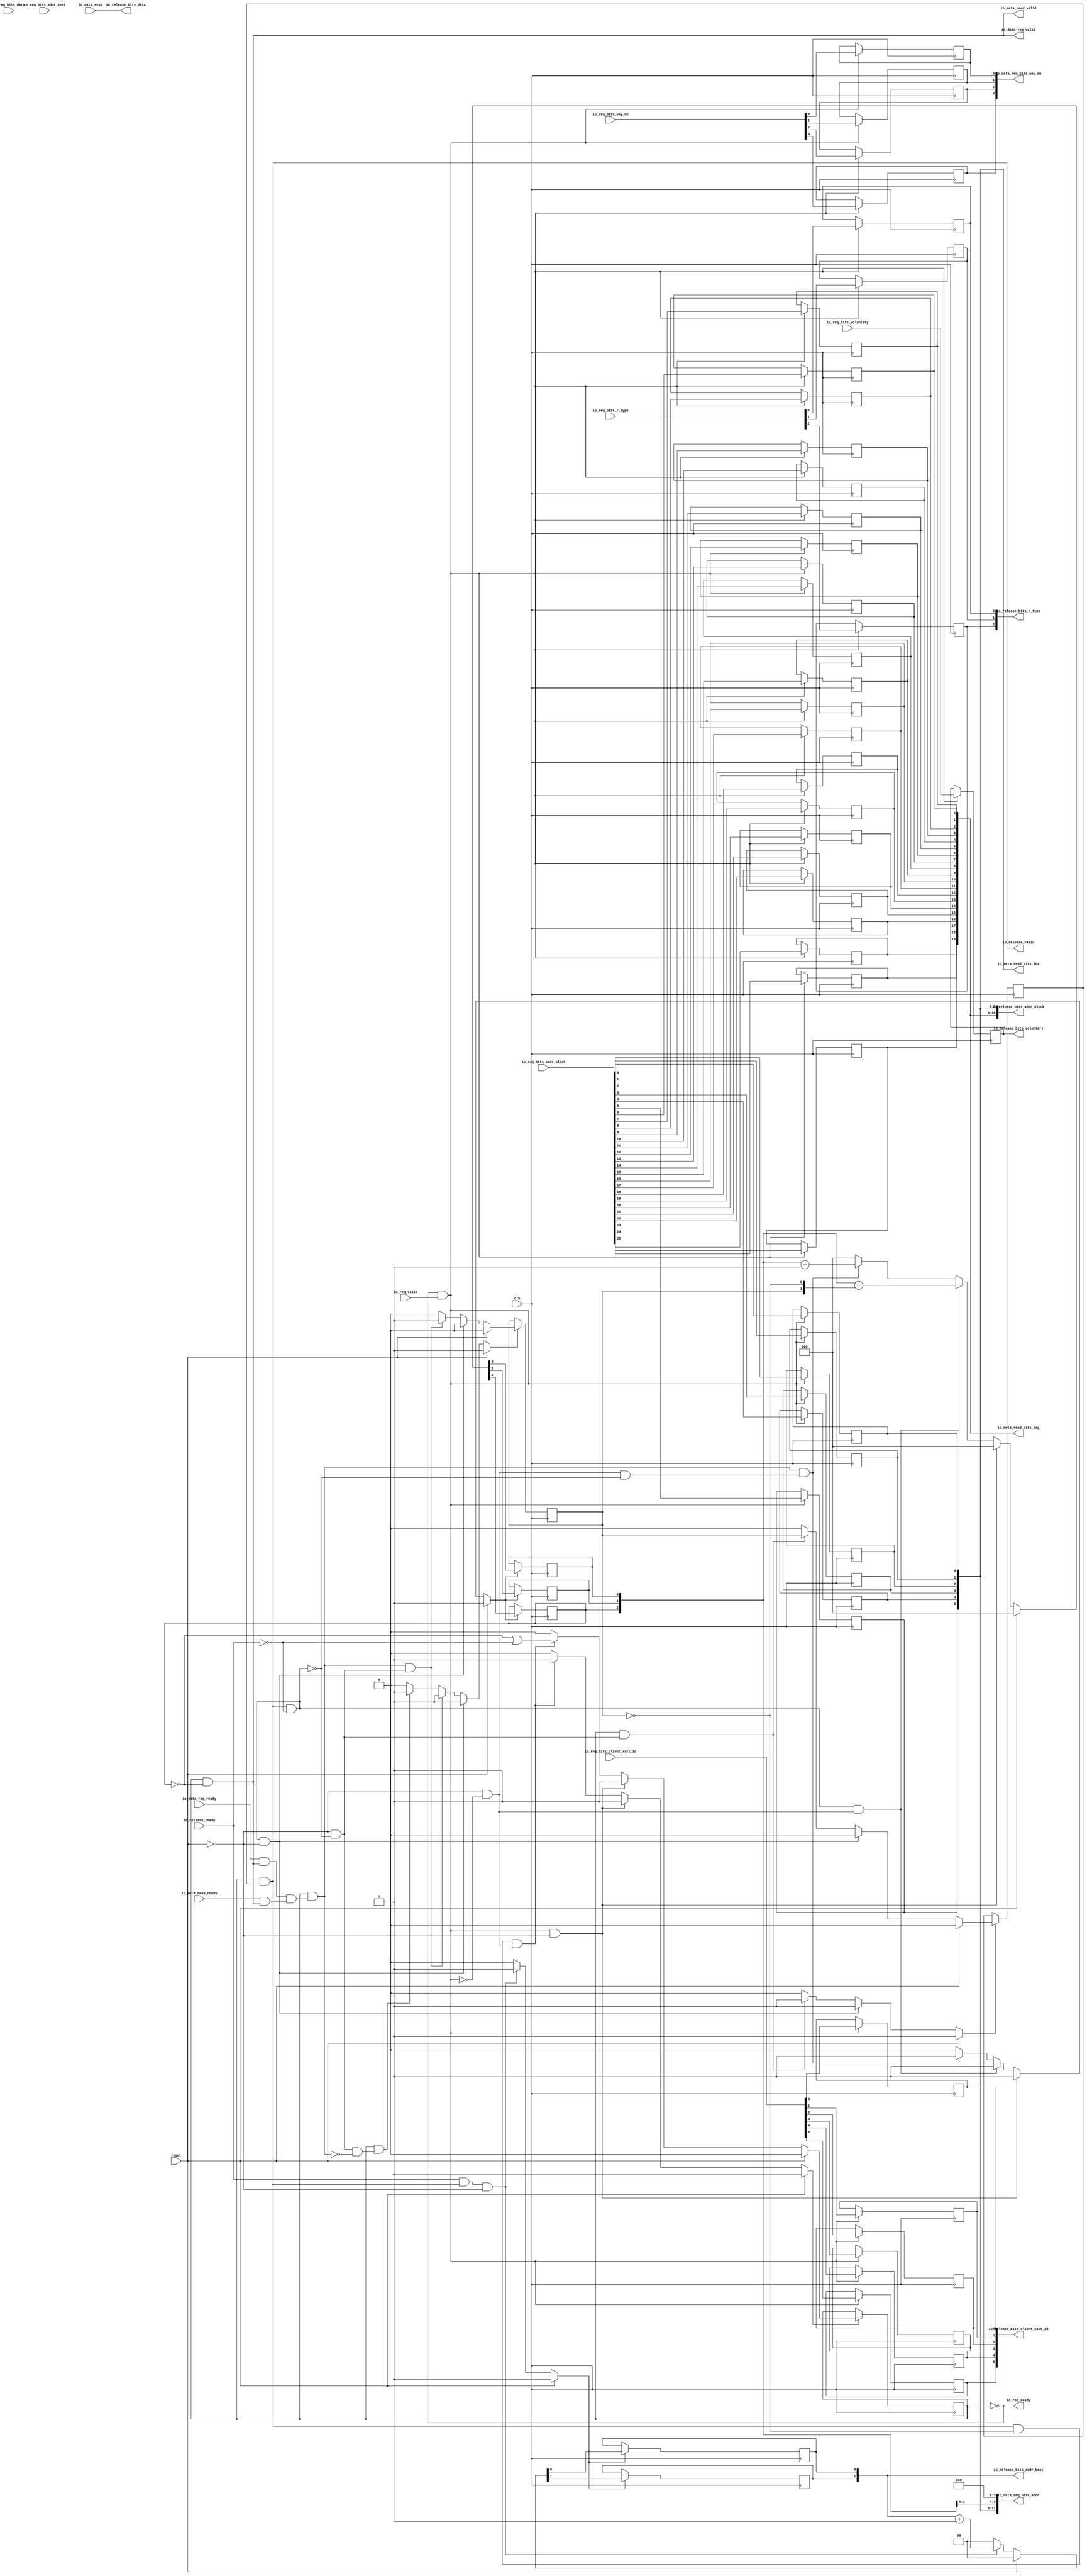
module WritebackUnit
(
  clk,
  reset,
  io_req_ready,
  io_req_valid,
  io_req_bits_addr_beat,
  io_req_bits_addr_block,
  io_req_bits_client_xact_id,
  io_req_bits_voluntary,
  io_req_bits_r_type,
  io_req_bits_data,
  io_req_bits_way_en,
  io_meta_read_ready,
  io_meta_read_valid,
  io_meta_read_bits_idx,
  io_meta_read_bits_tag,
  io_data_req_ready,
  io_data_req_valid,
  io_data_req_bits_way_en,
  io_data_req_bits_addr,
  io_data_resp,
  io_release_ready,
  io_release_valid,
  io_release_bits_addr_beat,
  io_release_bits_addr_block,
  io_release_bits_client_xact_id,
  io_release_bits_voluntary,
  io_release_bits_r_type,
  io_release_bits_data
);

  input [1:0] io_req_bits_addr_beat;
  input [25:0] io_req_bits_addr_block;
  input [5:0] io_req_bits_client_xact_id;
  input [2:0] io_req_bits_r_type;
  input [127:0] io_req_bits_data;
  input [3:0] io_req_bits_way_en;
  output [5:0] io_meta_read_bits_idx;
  output [19:0] io_meta_read_bits_tag;
  output [3:0] io_data_req_bits_way_en;
  output [11:0] io_data_req_bits_addr;
  input [127:0] io_data_resp;
  output [1:0] io_release_bits_addr_beat;
  output [25:0] io_release_bits_addr_block;
  output [5:0] io_release_bits_client_xact_id;
  output [2:0] io_release_bits_r_type;
  output [127:0] io_release_bits_data;
  input clk;
  input reset;
  input io_req_valid;
  input io_req_bits_voluntary;
  input io_meta_read_ready;
  input io_data_req_ready;
  input io_release_ready;
  output io_req_ready;
  output io_meta_read_valid;
  output io_data_req_valid;
  output io_release_valid;
  output io_release_bits_voluntary;
  wire [5:0] io_meta_read_bits_idx;
  wire [19:0] io_meta_read_bits_tag;
  wire [127:0] io_release_bits_data;
  wire io_req_ready,io_meta_read_valid,io_data_req_valid,io_release_valid,N0,
  io_data_req_valid,T1,T7,T18,T14,T15,T17,T16,T19,T31,T22,T24,T23,N1,T32,T37,N2,N3,N4,N5,N6,
  N7,N8,N9,N10,N11,N12,N13,N14,N15,N16,N17,N18,N19,N20,N21,N22,N23,N24,N25,N26,
  N27,N28,N29,N30,N31,N32,N33,N34,N35,N36,N37,N38,N39,N40,N41,N42,N43,N44,N45,N46,
  N47,N48,N49,N50,N51;
  wire [1:0] T6,T45;
  wire [2:0] T29,T28;
  reg [2:0] io_release_bits_r_type;
  reg io_release_bits_voluntary,r2_data_req_fired,r1_data_req_fired,active;
  reg [5:0] io_release_bits_client_xact_id;
  reg [25:0] io_release_bits_addr_block;
  reg [1:0] io_release_bits_addr_beat;
  reg [2:2] data_req_cnt;
  reg [11:0] io_data_req_bits_addr;
  reg [3:0] io_data_req_bits_way_en;
  assign io_data_req_bits_addr[0] = 1'b0;
  assign io_data_req_bits_addr[1] = 1'b0;
  assign io_data_req_bits_addr[2] = 1'b0;
  assign io_data_req_bits_addr[3] = 1'b0;
  assign io_meta_read_valid = io_data_req_valid;
  assign io_meta_read_bits_tag[19] = io_release_bits_addr_block[25];
  assign io_meta_read_bits_tag[18] = io_release_bits_addr_block[24];
  assign io_meta_read_bits_tag[17] = io_release_bits_addr_block[23];
  assign io_meta_read_bits_tag[16] = io_release_bits_addr_block[22];
  assign io_meta_read_bits_tag[15] = io_release_bits_addr_block[21];
  assign io_meta_read_bits_tag[14] = io_release_bits_addr_block[20];
  assign io_meta_read_bits_tag[13] = io_release_bits_addr_block[19];
  assign io_meta_read_bits_tag[12] = io_release_bits_addr_block[18];
  assign io_meta_read_bits_tag[11] = io_release_bits_addr_block[17];
  assign io_meta_read_bits_tag[10] = io_release_bits_addr_block[16];
  assign io_meta_read_bits_tag[9] = io_release_bits_addr_block[15];
  assign io_meta_read_bits_tag[8] = io_release_bits_addr_block[14];
  assign io_meta_read_bits_tag[7] = io_release_bits_addr_block[13];
  assign io_meta_read_bits_tag[6] = io_release_bits_addr_block[12];
  assign io_meta_read_bits_tag[5] = io_release_bits_addr_block[11];
  assign io_meta_read_bits_tag[4] = io_release_bits_addr_block[10];
  assign io_meta_read_bits_tag[3] = io_release_bits_addr_block[9];
  assign io_meta_read_bits_tag[2] = io_release_bits_addr_block[8];
  assign io_meta_read_bits_tag[1] = io_release_bits_addr_block[7];
  assign io_meta_read_bits_tag[0] = io_release_bits_addr_block[6];
  assign io_meta_read_bits_idx[5] = io_release_bits_addr_block[5];
  assign io_data_req_bits_addr[11] = io_release_bits_addr_block[5];
  assign io_meta_read_bits_idx[4] = io_release_bits_addr_block[4];
  assign io_data_req_bits_addr[10] = io_release_bits_addr_block[4];
  assign io_meta_read_bits_idx[3] = io_release_bits_addr_block[3];
  assign io_data_req_bits_addr[9] = io_release_bits_addr_block[3];
  assign io_meta_read_bits_idx[2] = io_release_bits_addr_block[2];
  assign io_data_req_bits_addr[8] = io_release_bits_addr_block[2];
  assign io_meta_read_bits_idx[1] = io_release_bits_addr_block[1];
  assign io_data_req_bits_addr[7] = io_release_bits_addr_block[1];
  assign io_meta_read_bits_idx[0] = io_release_bits_addr_block[0];
  assign io_data_req_bits_addr[6] = io_release_bits_addr_block[0];
  assign io_release_bits_data[127] = io_data_resp[127];
  assign io_release_bits_data[126] = io_data_resp[126];
  assign io_release_bits_data[125] = io_data_resp[125];
  assign io_release_bits_data[124] = io_data_resp[124];
  assign io_release_bits_data[123] = io_data_resp[123];
  assign io_release_bits_data[122] = io_data_resp[122];
  assign io_release_bits_data[121] = io_data_resp[121];
  assign io_release_bits_data[120] = io_data_resp[120];
  assign io_release_bits_data[119] = io_data_resp[119];
  assign io_release_bits_data[118] = io_data_resp[118];
  assign io_release_bits_data[117] = io_data_resp[117];
  assign io_release_bits_data[116] = io_data_resp[116];
  assign io_release_bits_data[115] = io_data_resp[115];
  assign io_release_bits_data[114] = io_data_resp[114];
  assign io_release_bits_data[113] = io_data_resp[113];
  assign io_release_bits_data[112] = io_data_resp[112];
  assign io_release_bits_data[111] = io_data_resp[111];
  assign io_release_bits_data[110] = io_data_resp[110];
  assign io_release_bits_data[109] = io_data_resp[109];
  assign io_release_bits_data[108] = io_data_resp[108];
  assign io_release_bits_data[107] = io_data_resp[107];
  assign io_release_bits_data[106] = io_data_resp[106];
  assign io_release_bits_data[105] = io_data_resp[105];
  assign io_release_bits_data[104] = io_data_resp[104];
  assign io_release_bits_data[103] = io_data_resp[103];
  assign io_release_bits_data[102] = io_data_resp[102];
  assign io_release_bits_data[101] = io_data_resp[101];
  assign io_release_bits_data[100] = io_data_resp[100];
  assign io_release_bits_data[99] = io_data_resp[99];
  assign io_release_bits_data[98] = io_data_resp[98];
  assign io_release_bits_data[97] = io_data_resp[97];
  assign io_release_bits_data[96] = io_data_resp[96];
  assign io_release_bits_data[95] = io_data_resp[95];
  assign io_release_bits_data[94] = io_data_resp[94];
  assign io_release_bits_data[93] = io_data_resp[93];
  assign io_release_bits_data[92] = io_data_resp[92];
  assign io_release_bits_data[91] = io_data_resp[91];
  assign io_release_bits_data[90] = io_data_resp[90];
  assign io_release_bits_data[89] = io_data_resp[89];
  assign io_release_bits_data[88] = io_data_resp[88];
  assign io_release_bits_data[87] = io_data_resp[87];
  assign io_release_bits_data[86] = io_data_resp[86];
  assign io_release_bits_data[85] = io_data_resp[85];
  assign io_release_bits_data[84] = io_data_resp[84];
  assign io_release_bits_data[83] = io_data_resp[83];
  assign io_release_bits_data[82] = io_data_resp[82];
  assign io_release_bits_data[81] = io_data_resp[81];
  assign io_release_bits_data[80] = io_data_resp[80];
  assign io_release_bits_data[79] = io_data_resp[79];
  assign io_release_bits_data[78] = io_data_resp[78];
  assign io_release_bits_data[77] = io_data_resp[77];
  assign io_release_bits_data[76] = io_data_resp[76];
  assign io_release_bits_data[75] = io_data_resp[75];
  assign io_release_bits_data[74] = io_data_resp[74];
  assign io_release_bits_data[73] = io_data_resp[73];
  assign io_release_bits_data[72] = io_data_resp[72];
  assign io_release_bits_data[71] = io_data_resp[71];
  assign io_release_bits_data[70] = io_data_resp[70];
  assign io_release_bits_data[69] = io_data_resp[69];
  assign io_release_bits_data[68] = io_data_resp[68];
  assign io_release_bits_data[67] = io_data_resp[67];
  assign io_release_bits_data[66] = io_data_resp[66];
  assign io_release_bits_data[65] = io_data_resp[65];
  assign io_release_bits_data[64] = io_data_resp[64];
  assign io_release_bits_data[63] = io_data_resp[63];
  assign io_release_bits_data[62] = io_data_resp[62];
  assign io_release_bits_data[61] = io_data_resp[61];
  assign io_release_bits_data[60] = io_data_resp[60];
  assign io_release_bits_data[59] = io_data_resp[59];
  assign io_release_bits_data[58] = io_data_resp[58];
  assign io_release_bits_data[57] = io_data_resp[57];
  assign io_release_bits_data[56] = io_data_resp[56];
  assign io_release_bits_data[55] = io_data_resp[55];
  assign io_release_bits_data[54] = io_data_resp[54];
  assign io_release_bits_data[53] = io_data_resp[53];
  assign io_release_bits_data[52] = io_data_resp[52];
  assign io_release_bits_data[51] = io_data_resp[51];
  assign io_release_bits_data[50] = io_data_resp[50];
  assign io_release_bits_data[49] = io_data_resp[49];
  assign io_release_bits_data[48] = io_data_resp[48];
  assign io_release_bits_data[47] = io_data_resp[47];
  assign io_release_bits_data[46] = io_data_resp[46];
  assign io_release_bits_data[45] = io_data_resp[45];
  assign io_release_bits_data[44] = io_data_resp[44];
  assign io_release_bits_data[43] = io_data_resp[43];
  assign io_release_bits_data[42] = io_data_resp[42];
  assign io_release_bits_data[41] = io_data_resp[41];
  assign io_release_bits_data[40] = io_data_resp[40];
  assign io_release_bits_data[39] = io_data_resp[39];
  assign io_release_bits_data[38] = io_data_resp[38];
  assign io_release_bits_data[37] = io_data_resp[37];
  assign io_release_bits_data[36] = io_data_resp[36];
  assign io_release_bits_data[35] = io_data_resp[35];
  assign io_release_bits_data[34] = io_data_resp[34];
  assign io_release_bits_data[33] = io_data_resp[33];
  assign io_release_bits_data[32] = io_data_resp[32];
  assign io_release_bits_data[31] = io_data_resp[31];
  assign io_release_bits_data[30] = io_data_resp[30];
  assign io_release_bits_data[29] = io_data_resp[29];
  assign io_release_bits_data[28] = io_data_resp[28];
  assign io_release_bits_data[27] = io_data_resp[27];
  assign io_release_bits_data[26] = io_data_resp[26];
  assign io_release_bits_data[25] = io_data_resp[25];
  assign io_release_bits_data[24] = io_data_resp[24];
  assign io_release_bits_data[23] = io_data_resp[23];
  assign io_release_bits_data[22] = io_data_resp[22];
  assign io_release_bits_data[21] = io_data_resp[21];
  assign io_release_bits_data[20] = io_data_resp[20];
  assign io_release_bits_data[19] = io_data_resp[19];
  assign io_release_bits_data[18] = io_data_resp[18];
  assign io_release_bits_data[17] = io_data_resp[17];
  assign io_release_bits_data[16] = io_data_resp[16];
  assign io_release_bits_data[15] = io_data_resp[15];
  assign io_release_bits_data[14] = io_data_resp[14];
  assign io_release_bits_data[13] = io_data_resp[13];
  assign io_release_bits_data[12] = io_data_resp[12];
  assign io_release_bits_data[11] = io_data_resp[11];
  assign io_release_bits_data[10] = io_data_resp[10];
  assign io_release_bits_data[9] = io_data_resp[9];
  assign io_release_bits_data[8] = io_data_resp[8];
  assign io_release_bits_data[7] = io_data_resp[7];
  assign io_release_bits_data[6] = io_data_resp[6];
  assign io_release_bits_data[5] = io_data_resp[5];
  assign io_release_bits_data[4] = io_data_resp[4];
  assign io_release_bits_data[3] = io_data_resp[3];
  assign io_release_bits_data[2] = io_data_resp[2];
  assign io_release_bits_data[1] = io_data_resp[1];
  assign io_release_bits_data[0] = io_data_resp[0];

  always @(posedge clk) begin
    if(T1) begin
      io_release_bits_r_type[2] <= io_req_bits_r_type[2];
    end 
  end


  always @(posedge clk) begin
    if(T1) begin
      io_release_bits_r_type[1] <= io_req_bits_r_type[1];
    end 
  end


  always @(posedge clk) begin
    if(T1) begin
      io_release_bits_r_type[0] <= io_req_bits_r_type[0];
    end 
  end


  always @(posedge clk) begin
    if(T1) begin
      io_release_bits_voluntary <= io_req_bits_voluntary;
    end 
  end


  always @(posedge clk) begin
    if(T1) begin
      io_release_bits_client_xact_id[5] <= io_req_bits_client_xact_id[5];
    end 
  end


  always @(posedge clk) begin
    if(T1) begin
      io_release_bits_client_xact_id[4] <= io_req_bits_client_xact_id[4];
    end 
  end


  always @(posedge clk) begin
    if(T1) begin
      io_release_bits_client_xact_id[3] <= io_req_bits_client_xact_id[3];
    end 
  end


  always @(posedge clk) begin
    if(T1) begin
      io_release_bits_client_xact_id[2] <= io_req_bits_client_xact_id[2];
    end 
  end


  always @(posedge clk) begin
    if(T1) begin
      io_release_bits_client_xact_id[1] <= io_req_bits_client_xact_id[1];
    end 
  end


  always @(posedge clk) begin
    if(T1) begin
      io_release_bits_client_xact_id[0] <= io_req_bits_client_xact_id[0];
    end 
  end


  always @(posedge clk) begin
    if(T1) begin
      io_release_bits_addr_block[25] <= io_req_bits_addr_block[25];
    end 
  end


  always @(posedge clk) begin
    if(T1) begin
      io_release_bits_addr_block[24] <= io_req_bits_addr_block[24];
    end 
  end


  always @(posedge clk) begin
    if(T1) begin
      io_release_bits_addr_block[23] <= io_req_bits_addr_block[23];
    end 
  end


  always @(posedge clk) begin
    if(T1) begin
      io_release_bits_addr_block[22] <= io_req_bits_addr_block[22];
    end 
  end


  always @(posedge clk) begin
    if(T1) begin
      io_release_bits_addr_block[21] <= io_req_bits_addr_block[21];
    end 
  end


  always @(posedge clk) begin
    if(T1) begin
      io_release_bits_addr_block[20] <= io_req_bits_addr_block[20];
    end 
  end


  always @(posedge clk) begin
    if(T1) begin
      io_release_bits_addr_block[19] <= io_req_bits_addr_block[19];
    end 
  end


  always @(posedge clk) begin
    if(T1) begin
      io_release_bits_addr_block[18] <= io_req_bits_addr_block[18];
    end 
  end


  always @(posedge clk) begin
    if(T1) begin
      io_release_bits_addr_block[17] <= io_req_bits_addr_block[17];
    end 
  end


  always @(posedge clk) begin
    if(T1) begin
      io_release_bits_addr_block[16] <= io_req_bits_addr_block[16];
    end 
  end


  always @(posedge clk) begin
    if(T1) begin
      io_release_bits_addr_block[15] <= io_req_bits_addr_block[15];
    end 
  end


  always @(posedge clk) begin
    if(T1) begin
      io_release_bits_addr_block[14] <= io_req_bits_addr_block[14];
    end 
  end


  always @(posedge clk) begin
    if(T1) begin
      io_release_bits_addr_block[13] <= io_req_bits_addr_block[13];
    end 
  end


  always @(posedge clk) begin
    if(T1) begin
      io_release_bits_addr_block[12] <= io_req_bits_addr_block[12];
    end 
  end


  always @(posedge clk) begin
    if(T1) begin
      io_release_bits_addr_block[11] <= io_req_bits_addr_block[11];
    end 
  end


  always @(posedge clk) begin
    if(T1) begin
      io_release_bits_addr_block[10] <= io_req_bits_addr_block[10];
    end 
  end


  always @(posedge clk) begin
    if(T1) begin
      io_release_bits_addr_block[9] <= io_req_bits_addr_block[9];
    end 
  end


  always @(posedge clk) begin
    if(T1) begin
      io_release_bits_addr_block[8] <= io_req_bits_addr_block[8];
    end 
  end


  always @(posedge clk) begin
    if(T1) begin
      io_release_bits_addr_block[7] <= io_req_bits_addr_block[7];
    end 
  end


  always @(posedge clk) begin
    if(T1) begin
      io_release_bits_addr_block[6] <= io_req_bits_addr_block[6];
    end 
  end


  always @(posedge clk) begin
    if(T1) begin
      io_release_bits_addr_block[5] <= io_req_bits_addr_block[5];
    end 
  end


  always @(posedge clk) begin
    if(T1) begin
      io_release_bits_addr_block[4] <= io_req_bits_addr_block[4];
    end 
  end


  always @(posedge clk) begin
    if(T1) begin
      io_release_bits_addr_block[3] <= io_req_bits_addr_block[3];
    end 
  end


  always @(posedge clk) begin
    if(T1) begin
      io_release_bits_addr_block[2] <= io_req_bits_addr_block[2];
    end 
  end


  always @(posedge clk) begin
    if(T1) begin
      io_release_bits_addr_block[1] <= io_req_bits_addr_block[1];
    end 
  end


  always @(posedge clk) begin
    if(T1) begin
      io_release_bits_addr_block[0] <= io_req_bits_addr_block[0];
    end 
  end


  always @(posedge clk) begin
    if(N4) begin
      io_release_bits_addr_beat[1] <= N6;
    end 
  end


  always @(posedge clk) begin
    if(N4) begin
      io_release_bits_addr_beat[0] <= N5;
    end 
  end


  always @(posedge clk) begin
    if(N10) begin
      r2_data_req_fired <= N11;
    end 
  end


  always @(posedge clk) begin
    if(N16) begin
      r1_data_req_fired <= N17;
    end 
  end


  always @(posedge clk) begin
    if(N21) begin
      active <= N22;
    end 
  end


  always @(posedge clk) begin
    if(N27) begin
      data_req_cnt[2] <= N30;
    end 
  end


  always @(posedge clk) begin
    if(N27) begin
      io_data_req_bits_addr[5] <= N29;
    end 
  end


  always @(posedge clk) begin
    if(N27) begin
      io_data_req_bits_addr[4] <= N28;
    end 
  end


  always @(posedge clk) begin
    if(T1) begin
      io_data_req_bits_way_en[3] <= io_req_bits_way_en[3];
    end 
  end


  always @(posedge clk) begin
    if(T1) begin
      io_data_req_bits_way_en[2] <= io_req_bits_way_en[2];
    end 
  end


  always @(posedge clk) begin
    if(T1) begin
      io_data_req_bits_way_en[1] <= io_req_bits_way_en[1];
    end 
  end


  always @(posedge clk) begin
    if(T1) begin
      io_data_req_bits_way_en[0] <= io_req_bits_way_en[0];
    end 
  end

  assign T6 = io_release_bits_addr_beat + 1'b1;
  assign T28 = { data_req_cnt[2:2], io_data_req_bits_addr[5:4] } + 1'b1;
  assign T29 = { data_req_cnt[2:2], io_data_req_bits_addr[5:4] } - T45;
  assign N4 = (N0)? 1'b1 : 
              (N32)? 1'b1 : 
              (N3)? 1'b0 : 1'b0;
  assign N0 = reset;
  assign { N6, N5 } = (N0)? { 1'b0, 1'b0 } : 
                      (N32)? T6 : 1'b0;
  assign N10 = (N0)? 1'b1 : 
               (N33)? 1'b1 : 
               (N36)? 1'b1 : 
               (N9)? 1'b0 : 1'b0;
  assign N11 = (N0)? 1'b0 : 
               (N33)? 1'b0 : 
               (N36)? r1_data_req_fired : 1'b0;
  assign N16 = (N0)? 1'b1 : 
               (N37)? 1'b1 : 
               (N39)? 1'b1 : 
               (N42)? 1'b1 : 
               (N15)? 1'b0 : 1'b0;
  assign N17 = (N0)? 1'b0 : 
               (N37)? 1'b0 : 
               (N39)? 1'b1 : 
               (N42)? 1'b0 : 1'b0;
  assign N21 = (N0)? 1'b1 : 
               (N43)? 1'b1 : 
               (N46)? 1'b1 : 
               (N20)? 1'b0 : 1'b0;
  assign N22 = (N0)? 1'b0 : 
               (N43)? 1'b1 : 
               (N46)? T22 : 1'b0;
  assign N27 = (N0)? 1'b1 : 
               (N47)? 1'b1 : 
               (N49)? 1'b1 : 
               (N51)? 1'b1 : 
               (N26)? 1'b0 : 1'b0;
  assign { N30, N29, N28 } = (N0)? { 1'b0, 1'b0, 1'b0 } : 
                             (N47)? { 1'b0, 1'b0, 1'b0 } : 
                             (N49)? T29 : 
                             (N51)? T28 : 1'b0;
  assign T1 = io_req_ready & io_req_valid;
  assign T7 = io_release_ready & io_release_valid;
  assign io_release_valid = active & r2_data_req_fired;
  assign T14 = active & T15;
  assign T15 = T17 & T16;
  assign T16 = io_meta_read_ready & io_data_req_valid;
  assign T17 = io_data_req_ready & io_data_req_valid;
  assign T18 = io_release_valid & T19;
  assign T19 = ~io_release_ready;
  assign T22 = T24 | T23;
  assign T23 = ~io_release_ready;
  assign T24 = ~data_req_cnt[2];
  assign N1 = ~r1_data_req_fired;
  assign T45[1] = r1_data_req_fired;
  assign T45[0] = N1;
  assign T31 = io_release_valid & T32;
  assign T32 = ~r1_data_req_fired;
  assign io_data_req_valid = active & T37;
  assign T37 = ~data_req_cnt[2];
  assign io_req_ready = ~active;
  assign N2 = T7 | reset;
  assign N3 = ~N2;
  assign N7 = T18 | reset;
  assign N8 = active | N7;
  assign N9 = ~N8;
  assign N12 = T18 | reset;
  assign N13 = T14 | N12;
  assign N14 = active | N13;
  assign N15 = ~N14;
  assign N18 = T1 | reset;
  assign N19 = T31 | N18;
  assign N20 = ~N19;
  assign N23 = T1 | reset;
  assign N24 = T18 | N23;
  assign N25 = T14 | N24;
  assign N26 = ~N25;
  assign N31 = ~reset;
  assign N32 = T7 & N31;
  assign N33 = T18 & N31;
  assign N34 = ~T18;
  assign N35 = N31 & N34;
  assign N36 = active & N35;
  assign N37 = T18 & N31;
  assign N38 = N31 & N34;
  assign N39 = T14 & N38;
  assign N40 = ~T14;
  assign N41 = N38 & N40;
  assign N42 = active & N41;
  assign N43 = T1 & N31;
  assign N44 = ~T1;
  assign N45 = N31 & N44;
  assign N46 = T31 & N45;
  assign N47 = T1 & N31;
  assign N48 = N31 & N44;
  assign N49 = T18 & N48;
  assign N50 = N48 & N34;
  assign N51 = T14 & N50;

endmodule